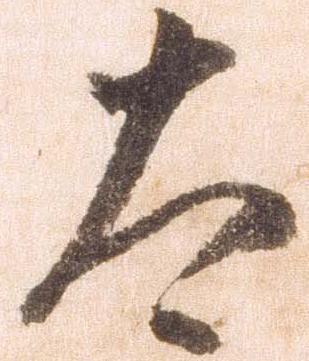
太